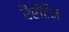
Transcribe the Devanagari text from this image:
रैरीटैन